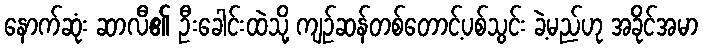
နောက်ဆုံး ဆာလီ၏ ဦးခေါင်းထဲသို့ ကျဉ်ဆန်တစ်တောင့်ပစ်သွင်း ခဲ့မည်ဟု အခိုင်အမာ